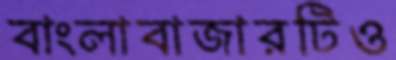
বাংলাবাজারটিও